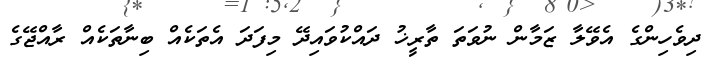
ދިވެހިންގެ އެވޭލާ ޒަމާން ނުވަތަ ތާރީޚު ދައްކުވައިދޭ މިފަދަ އެތަކެއް ބިނާތަކެއް ރާއްޖޭގެ